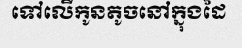
ទៅលើកូនតូចនៅក្នុងដៃ